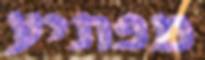
מפתיע